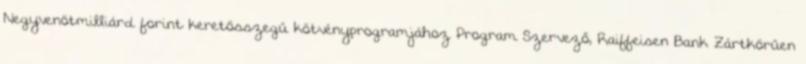
Negyvenötmilliárd forint keretösszegű kötvényprogramjához Program Szervező, Raiffeisen Bank Zártkörűen